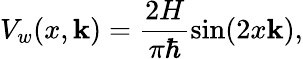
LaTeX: V_{w}(x,\mathbf{k})=\frac{{2H}}{{\pi\hbar}}\sin(2x\mathbf{k}),